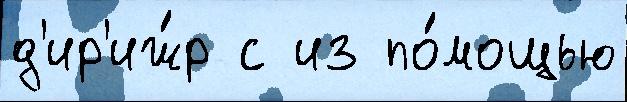
д'ир'иж́р с из по́мощью